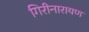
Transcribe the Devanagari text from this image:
गिरीनारायण